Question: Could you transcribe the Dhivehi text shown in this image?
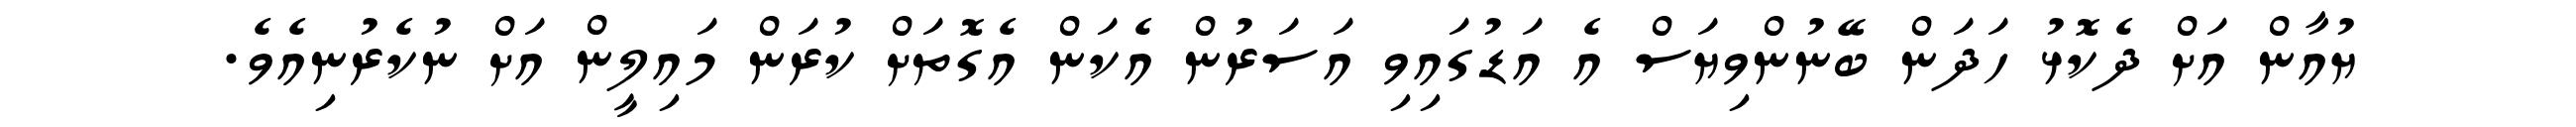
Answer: ޔުއާން އަށް ދެކޮޅު ހަދަން ބޭނުންވިޔަސް އެ އަޑުގައިވި އަސަރުން އެކަން އެގޮތަށް ކުރަން މައިލީން އަށް ނުކެރުނިއެވެ.